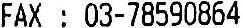
FAX : 03-78590864